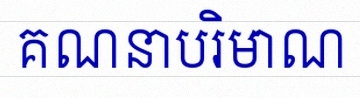
គណនាបរិមាណ